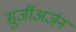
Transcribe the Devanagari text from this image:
सुर्जीअर्जन